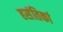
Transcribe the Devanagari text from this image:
हसंतिकां